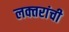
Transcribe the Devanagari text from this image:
लक्‍तरांची